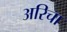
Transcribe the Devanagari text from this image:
अरिचा